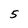
Character: 5